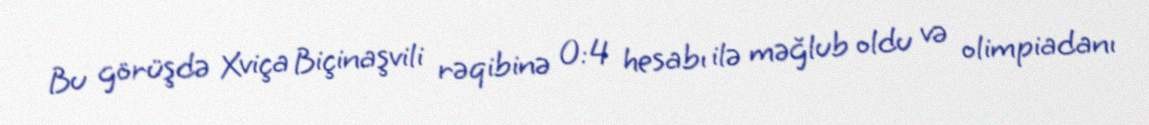
Bu görüşdə Xviça Biçinaşvili rəqibinə 0:4 hesabı ilə məğlub oldu və olimpiadanı